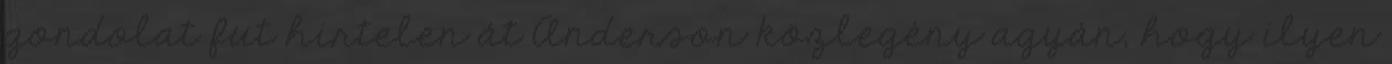
gondolat fut hirtelen át Anderson közlegény agyán, hogy ilyen